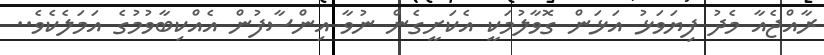
ރާއްޖެއާ މެދު ފިޔަވަޅު އަޅަން ގޮވާލުމަކީ އެކަށީގެން ނުވާ އިންސާފުން އެއްކިބާވުމުގެ އަމަލެކެވެ..